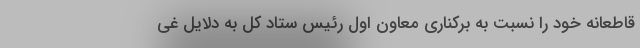
قاطعانه خود را نسبت به برکناری معاون اول رئیس ستاد کل به دلایل غی